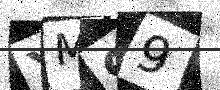
Text: XM99